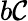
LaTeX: b\mathcal{C}